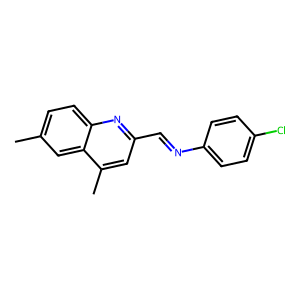
SMILES: Cc1ccc2nc(C=Nc3ccc(Cl)cc3)cc(C)c2c1
Inhibits HIV replication: No